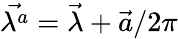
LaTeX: \vec{\lambda^{a}}=\vec{\lambda}+\vec{a}/2\pi